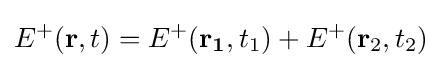
E^{+}(\mathbf {r} ,t)=E^{+}(\mathbf {r_{1}} ,t_{1})+E^{+}(\mathbf {r} _{2},t_{2})